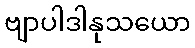
ဗျာပါဒါနုသယော